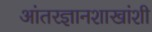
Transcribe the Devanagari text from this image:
आंतरज्ञानशाखांशी